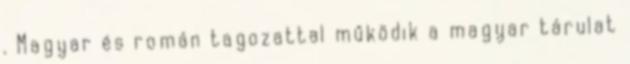
. Magyar és román tagozattal működik a magyar tárulat